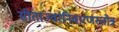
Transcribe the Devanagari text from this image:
सीताज्वरनिवारणस्तोत्र